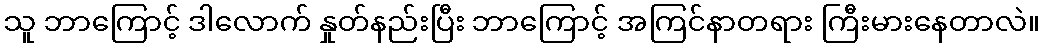
သူ ဘာကြောင့် ဒါလောက် နှုတ်နည်းပြီး ဘာကြောင့် အကြင်နာတရား ကြီးမားနေတာလဲ။